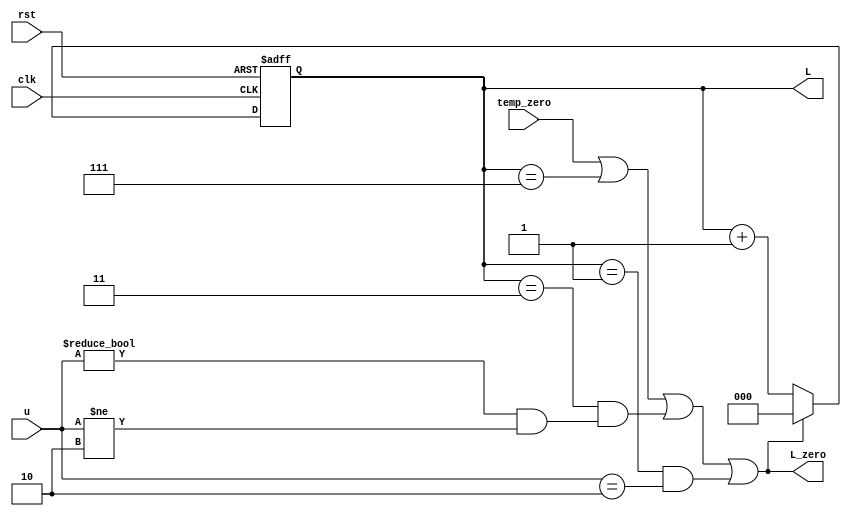
module L_count_L10(L_zero,L,clk,rst,temp_zero,u);
input clk,rst,temp_zero;
input [2:0] u;
output reg [2:0] L;
output wire L_zero;
always @ (posedge clk or negedge rst)
	begin
		if (! rst ) 
			L<=0; 
		else if (temp_zero||L==7||(L==3&&(u!=0&&u!=2))||(L==1&&u==2))
			 L<=0; 			
		else 
			L<=L+3'b001;   
	end
assign L_zero=(temp_zero||L==7||(L==3&&(u!=0&&u!=2))||(L==1&&u==2));
endmodule